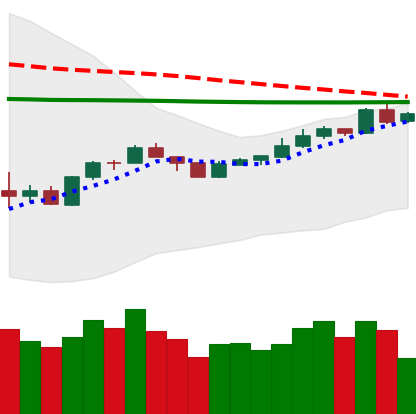
Ticker: XMR-USD
Chart end date: 2020-04-08
Forward return: -7.99%
Label: down_7plus